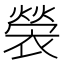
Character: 褮